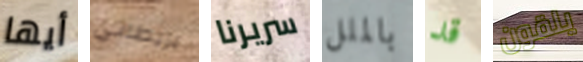
أيها بريطاني سريرنا بالملل قد يلقون